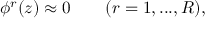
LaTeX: \phi ^ { r } ( z ) \approx 0 \qquad ( r = 1 , . . . , R ) ,